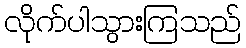
လိုက်ပါသွားကြသည်